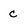
Character: C